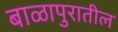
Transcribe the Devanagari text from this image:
बाळापुरातील